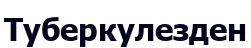
Туберкулезден